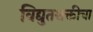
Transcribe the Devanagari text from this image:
विद्युतशक्तीचा